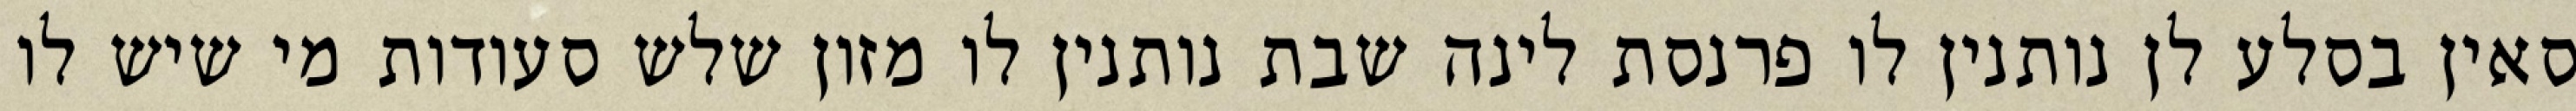
סאין בסלע לן נותנין לו פרנסת לינה שבת נותנין לו מזון שלש סעודות מי שיש לו